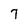
Character: 7